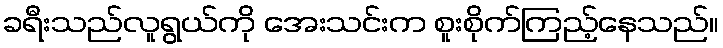
ခရီးသည်လူရွယ်ကို အေးသင်းက စူးစိုက်ကြည့်နေသည်။